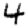
Digit: 4